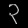
Digit: ၃